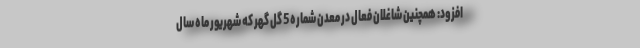
افزود: همچنین شاغلان فعال در معدن شماره 5 گل گهر که شهریور ماه سال